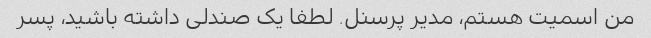
من اسمیت هستم، مدیر پرسنل. لطفا یک صندلی داشته باشید، پسر